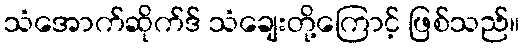
သံအောက်ဆိုက်ဒ် သံချေးတို့ကြောင့် ဖြစ်သည်။